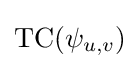
\operatorname {TC} (\psi _{u,v})